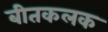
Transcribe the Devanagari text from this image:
बीतकलक